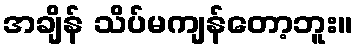
အချိန် သိပ်မကျန်တော့ဘူး။